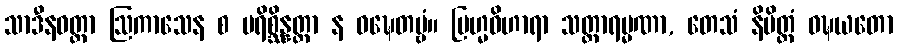
သာဒီနဝတ္တာ ဩကာသေန စ ပရိစ္ဆိန္နတ္တာ န ဝဍ္ဎေတဗ္ဗံ။ ဗြဟ္မဝိဟာရာ သတ္တာရမ္မဏာ, တေသံ နိမိတ္တံ ဝဍ္ဎယတော